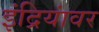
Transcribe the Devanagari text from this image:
इंद्रियांवर